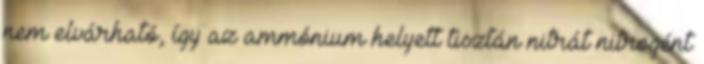
nem elvárható, így az ammónium helyett tisztán nitrát nitrogént